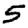
Digit: 5